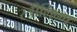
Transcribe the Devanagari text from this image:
स्त्रीलिन्ग